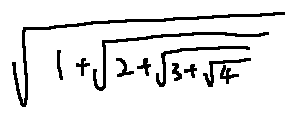
\sqrt { 1 + \sqrt { 2 + \sqrt { 3 + \sqrt { 4 } } } }